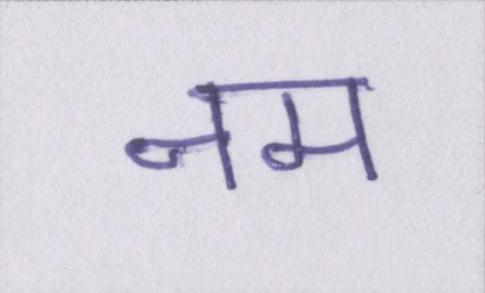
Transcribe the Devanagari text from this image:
नम